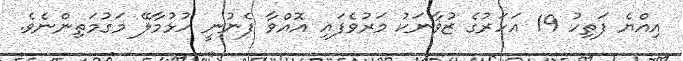
އިއްޔެ ފަތިހު 19 އަހަރުގެ ޒުވާނަކު މަރުވެފައި އޮއްވާ ފެނުނީ ހުޅުމާލޭ މަގުމަތިންނެވެ.